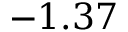
- 1 . 3 7